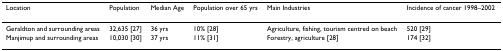
<table><thead><tr><td><b>Location</b></td><td><b>Population</b></td><td><b>Median Age</b></td><td><b>Population over 65 yrs</b></td><td><b>Main Industries</b></td><td><b>Incidence of cancer 1998–2002</b></td></tr></thead><tbody><tr><td>Geraldton and surrounding areas</td><td>32,635 [27]</td><td>36 yrs</td><td>10% [28]</td><td>Agriculture, fishing, tourism centred on beach</td><td>520 [29]</td></tr><tr><td>Manjimup and surrounding areas</td><td>10,030 [30]</td><td>37 yrs</td><td>11% [31]</td><td>Forestry, agriculture [28]</td><td>174 [32]</td></tr></tbody></table>